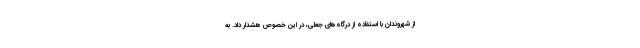
از شهروندان با استفاده از درگاه‌های جعلی، در این خصوص هشدار داد. به